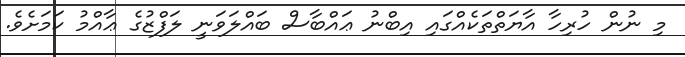
މި ނުން ހުރިހާ އާޔަތްތަކެއްގައި އިބްނު ޢައްބާސް ބައްލަވަނީ ލަފްޒުގެ ޢާއްމު ކަމަށެވެ.